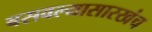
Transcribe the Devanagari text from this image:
बसवल्यासारखंच